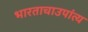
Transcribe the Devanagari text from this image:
भारताचाउपांत्य